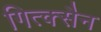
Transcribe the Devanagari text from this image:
गित्क्सैन